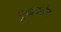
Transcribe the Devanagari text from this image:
मुखदर्शन